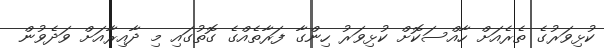
ކުޅިވަރުގެ ތެރެއަށް ހާއްސަކޮށް ކުޅިވަރު ހިންގާ ފަރާތެއްގެ ގޮތުގައި މި ދާއިރާއަށް ވަދެވުން